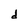
Character: d